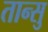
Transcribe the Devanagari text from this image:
तान्सु